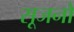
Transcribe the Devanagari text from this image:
सूजनों